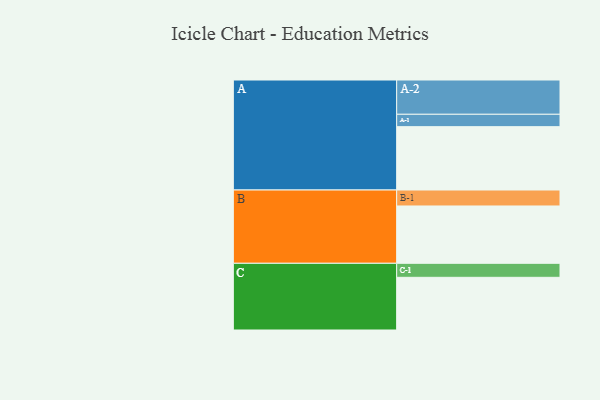
{"axis": {"x": "Segment", "y": "Value"}, "legend": ["", "A", "B", "C"], "data": [{"x": "A", "y": 547, "type": ""}, {"x": "B", "y": 495, "type": ""}, {"x": "C", "y": 455, "type": ""}, {"x": "A-1", "y": 107, "type": "A"}, {"x": "A-2", "y": 296, "type": "A"}, {"x": "B-1", "y": 138, "type": "B"}, {"x": "C-1", "y": 121, "type": "C"}]}